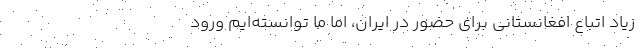
زیاد اتباع افغانستانی برای حضور در ایران، اما ما توانسته‌ایم ورود